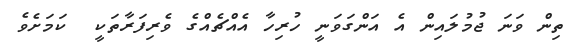
ތިން ވަނަ ޖުމުލައިން އެ އަންގަވަނީ ހުރިހާ އެއްޗެއްގެ ވެރިފަރާތަކީ  ކަމަށެވެ